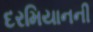
દરમિયાનની